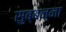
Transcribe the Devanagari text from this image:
सुब्बन्ना